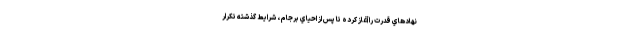
نهادهاي قدرت را آغاز كرده تا پس از احياي برجام ، شرايط گذشته تكرار